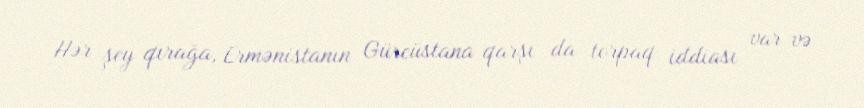
Hər şey qırağa, Ermənistanın Gürcüstana qarşı da torpaq iddiası var və